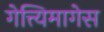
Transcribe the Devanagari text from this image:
गेत्त्यिमागेस